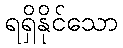
ရရှိနိုင်သော